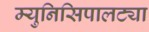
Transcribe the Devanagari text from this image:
म्युनिसिपालट्या